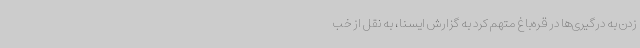
زدن به درگیری‌ها در قره‌باغ متهم کرد به گزارش ایسنا، به نقل از خب